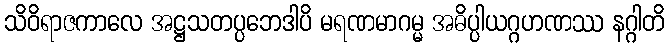
သိဝိရာဇကာလေ အဋ္ဌသတပ္ပဘေဒါပိ မရဏမာဂမ္မ အဓိပ္ပါယဂ္ဂဟဏဿ နဂ္ဂါတိ